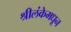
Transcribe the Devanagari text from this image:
श्रीलंकेमधून